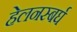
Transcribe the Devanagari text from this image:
हेलनस्बर्घ